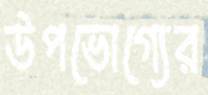
উপভোগ্যের